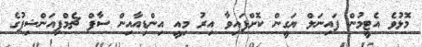
މޮޅުވެ އެޓީމުން ފައިނަލް ޔަގީން ކޮށްފައިވާ އިރު މިއީ އިންޑިއާއިން ސާފް ޗެމްޕިއަންޝިޕުގެ